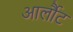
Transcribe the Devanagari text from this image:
आर्लौट